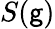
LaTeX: S(\mathsf{g})